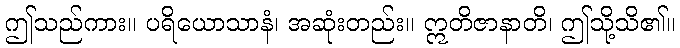
ဤသည်ကား။ ပရိယောသာနံ၊ အဆုံးတည်း။ ဣတိဇာနာတိ၊ ဤသို့သိ၏။